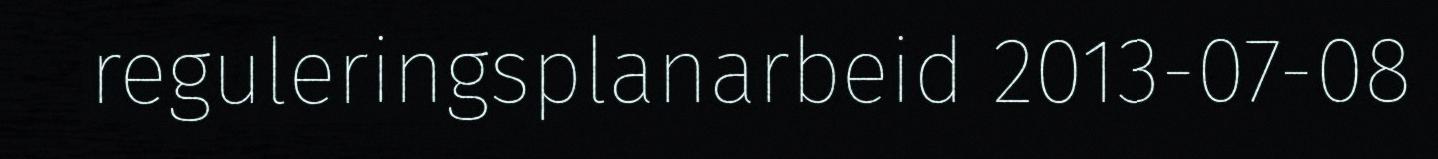
reguleringsplanarbeid 2013-07-08